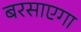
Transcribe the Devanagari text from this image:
बरसाएगा